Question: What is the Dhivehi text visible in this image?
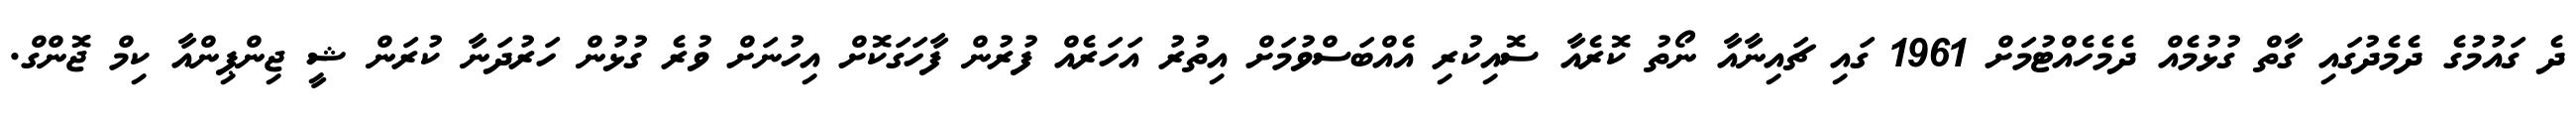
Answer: ދެ ގައުމުގެ ދެމެދުގައި ގާތް ގުޅުމެއް ދެމެހެއްޓުމަށް 1961 ގައި ޗައިނާއާ ނޯތު ކޮރެއާ ސޮއިކުރި އެއްބަސްވުމަށް އިތުރު އަހަރެއް ފުރުން ފާހަގަކޮށް އިހުނަށް ވުރެ ގުޅުން ހަރުދަނާ ކުރަން ޝީ ޖިންޕިންއާ ކިމް ޖޮންގް.